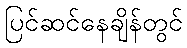
ပြင်ဆင်နေချိန်တွင်